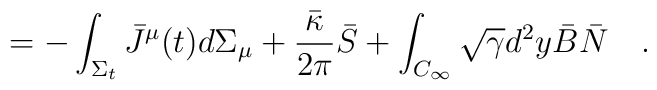
=-\int_{\Sigma_t}\bar{J}^\mu(t)d\Sigma_\mu+{\bar{\kappa} \over 2\pi}\bar{S}+ \int_{C_\infty} \sqrt{\gamma}d^2y \bar{B}\bar{N}~~~.